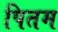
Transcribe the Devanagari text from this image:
पितम